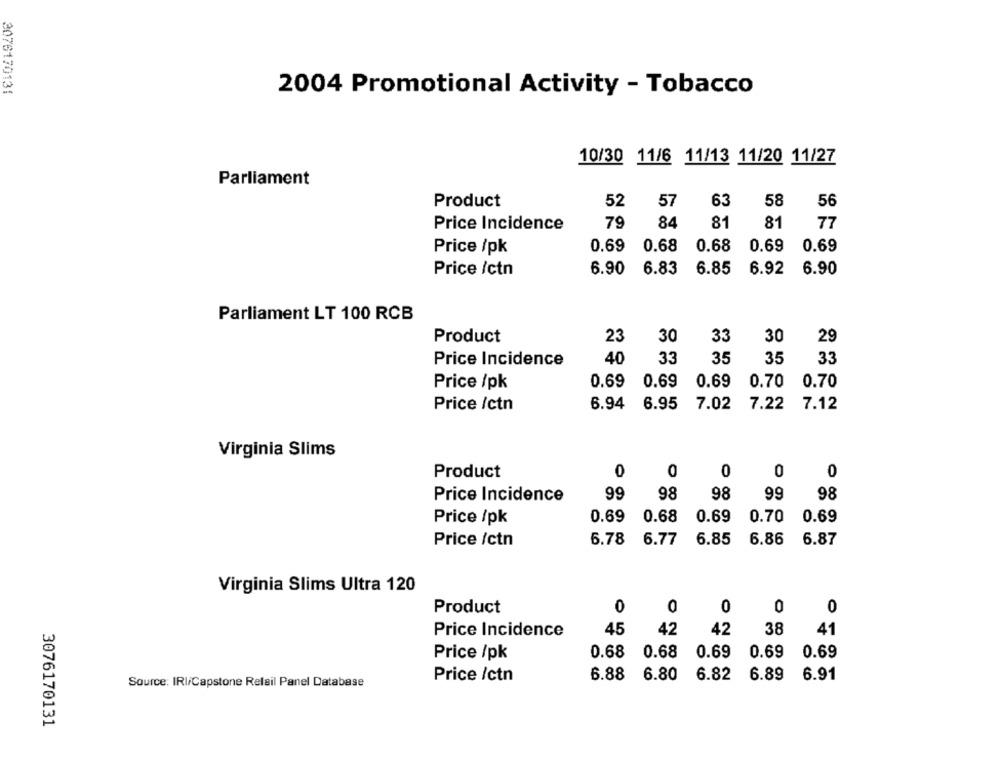
2076170131
2004 Promotional Activity - Tobacco
10/30 11/6 11/13 11/20 11/27
Parliament
Product
52
57
63
58
56
Price Incidence
79
84
81
81
77
Price /pk
0.69
0.68 0.68
0.69 0.69
Price /ctn
6.90
6.83
6.85
6.92 6.90
Parliament LT 100 RCB
Product
23
30
33
30
29
Price Incidence
40
33
35
35
33
Price /pk
0.69
0.69
0.69
0.70
0.70
Price /ctn
6.94
6.95
7.02
7.22
7.12
Virginia Slims
0
0
0
Product
0
0
99
98
98
99
Price Incidence
98
0.69
0.70
Price /pk
0.68
0.69
0.69
6.78
6.77
6.85
6.86
Price /ctn
6.87
Virginia Slims Ultra 120
Product
0
0
0
0
0
45
42
42
38
41
Price Incidence
0.68
0.68
0.69
0.69
0.69
Price /pk
Price /ctn
6.88
6.80
6.82
6.89
6.91
Source: IRI/Capstone Relail Panel Database
3076170131